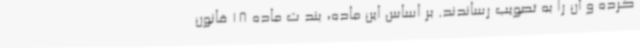
کرده و آن را به تصویب رساندند. بر اساس این ماده، بند ت ماده 18 قانون